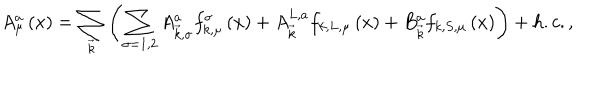
A _ { \mu } ^ { a } \left( x \right) = \sum _ { \vec { k } } \left( \sum _ { \sigma = 1 , 2 } A _ { \vec { k } , \sigma } ^ { a } f _ { k , \mu } ^ { \sigma } \left( x \right) + A _ { \vec { k } } ^ { L , a } f _ { k , L , \mu } \left( x \right) + B _ { \vec { k } } ^ { a } f _ { k , S , \mu } \left( x \right) \right) + h . c . ,